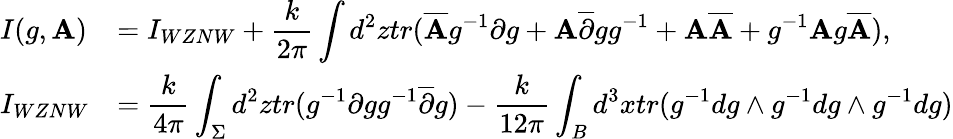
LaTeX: \begin{array}{ll}{{I(g,{\mathbf A)}}}&{{{\displaystyle=I_{WZNW}+\frac{k}{2\pi}\int d^{2}ztr(\overline{{{\mathbf A}}}g^{-1}\partial g+{\mathbf A}\overline{{{\partial}}}gg^{-1}+{\mathbf A}\overline{{{\mathbf A}}}+g^{-1}{\mathbf A}g\overline{{{\mathbf A}}}),}}}\\ {{I_{WZNW}}}&{{{\displaystyle=\frac{k}{4\pi}\int_{\Sigma}d^{2}ztr(g^{-1}\partial gg^{-1}\overline{{{\partial}}}g)-\frac{k}{12\pi}\int_{B}d^{3}xtr(g^{-1}dg\wedge g^{-1}dg\wedge g^{-1}dg)}}}\end{array}